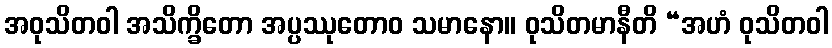
အဝုသိတဝါ အသိက္ခိတော အပ္ပဿုတောဝ သမာနော။ ဝုသိတမာနီတိ “အဟံ ဝုသိတဝါ